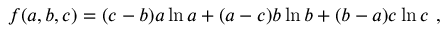
f ( a , b , c ) = ( c - b ) a \ln a + ( a - c ) b \ln b + ( b - a ) c \ln c ~ ,